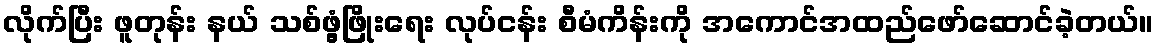
လိုက်ပြီး ဖူတုန်း နယ် သစ်ဖွံ့ဖြိုးရေး လုပ်ငန်း စီမံကိန်းကို အကောင်အထည်ဖော်ဆောင်ခဲ့တယ်။